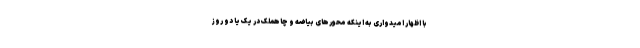
با اظهار امیدواری به اینکه محورهای بیاضه و چاهملک در یک یا دو روز